system: You are a helpful assistant.
user:
Analyze the provided spectrum to determine if it is a **Carbon Star (C-type)**.

- **Key Visual Indicators of Carbon Star:**
    - **(Primary):** Strong molecular absorption from **C₂ (diatomic carbon) "Swan Bands."** This is the **defining feature** of a carbon star.
        - **(Key Bandheads):** Sharp absorption edges are visible at approximately $5635$ Å, $5165$ Å (the strongest band), and $4737$ Å.
        - **(Line Profile):** Creates a distinct **"saw-tooth"** pattern. The key morphology is a sharp, steep bandhead on the **red (long-wavelength) side**, which then gradually tapers off (i.e., flux recovers) towards the **blue (short-wavelength) side**. *(This is the direct opposite of the TiO bands seen in M-type stars)*.

    - **(Secondary):** Intense **CN (cyanogen)** molecular absorption bands.
        - **(Key Bandheads):** Located in the blue and violet regions of the spectrum (e.g., near $4215$ Å and $3883$ Å).
        - **(Morphology):** These bands are extremely broad and act as a "blanket," absorbing the vast majority of blue and violet light. This creates a characteristic **"cliff"** or **"steep drop-off"** in the spectrum's flux at short wavelengths.

    - **(Key Confirmation):** Strong **CH absorption band (G-band)**.
        - **(Key Bandhead):** Located around $4300$ Å. The contribution from CH molecules to this band is exceptionally strong.

    - **(Overall Spectrum):**
        - The continuum is severely "chopped up" by these deep molecular bands, especially C₂, rather than appearing as a smooth curve.
        - Due to the heavy CN and C₂ absorption in the blue-green, the vast majority of the star's flux is concentrated in the red part of the spectrum, giving the star its characteristic deep red color.

Think first, call **spectral_visualization_tool** if needed to examine features in detail, then provide your final answer. Your response must adhere to the following strict rules:
1.  **Overall Structure:** Your response must follow the format `<think>...</think> <tool_call>...</tool_call> (if a tool is used) <answer>...</answer>`.
2.  **Tool Usage Constraint:** You may only make **one** tool call per turn.
3.  **Final Answer Format:** In the `<answer>` tag, your conclusion must be inside a `\boxed{}` command (e.g., `\boxed{YES}`), followed by your justification.

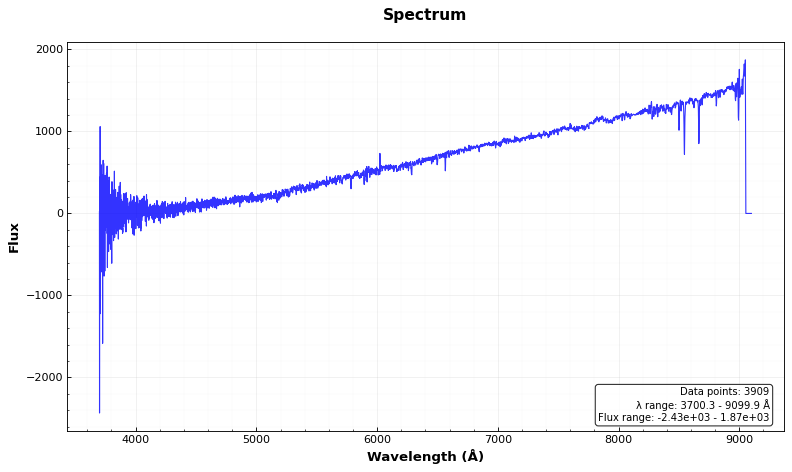
Answer: NO